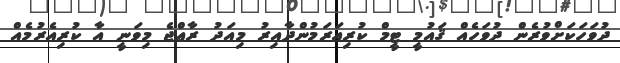
ދުވަހަކަށްވުރެން ދުވަހެއް ޤައުމީ ޓީމް ކުރިއަރަމުންދާއިރު މިއަދު ރާޢްޖެ މިވަނީ އާ ކުރިއެރުމެއް